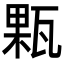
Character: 㼫